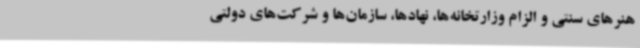
هنرهای سنتی و الزام وزارتخانه‌ها، نهادها، سازمان‌ها و شرکت‌های دولتی